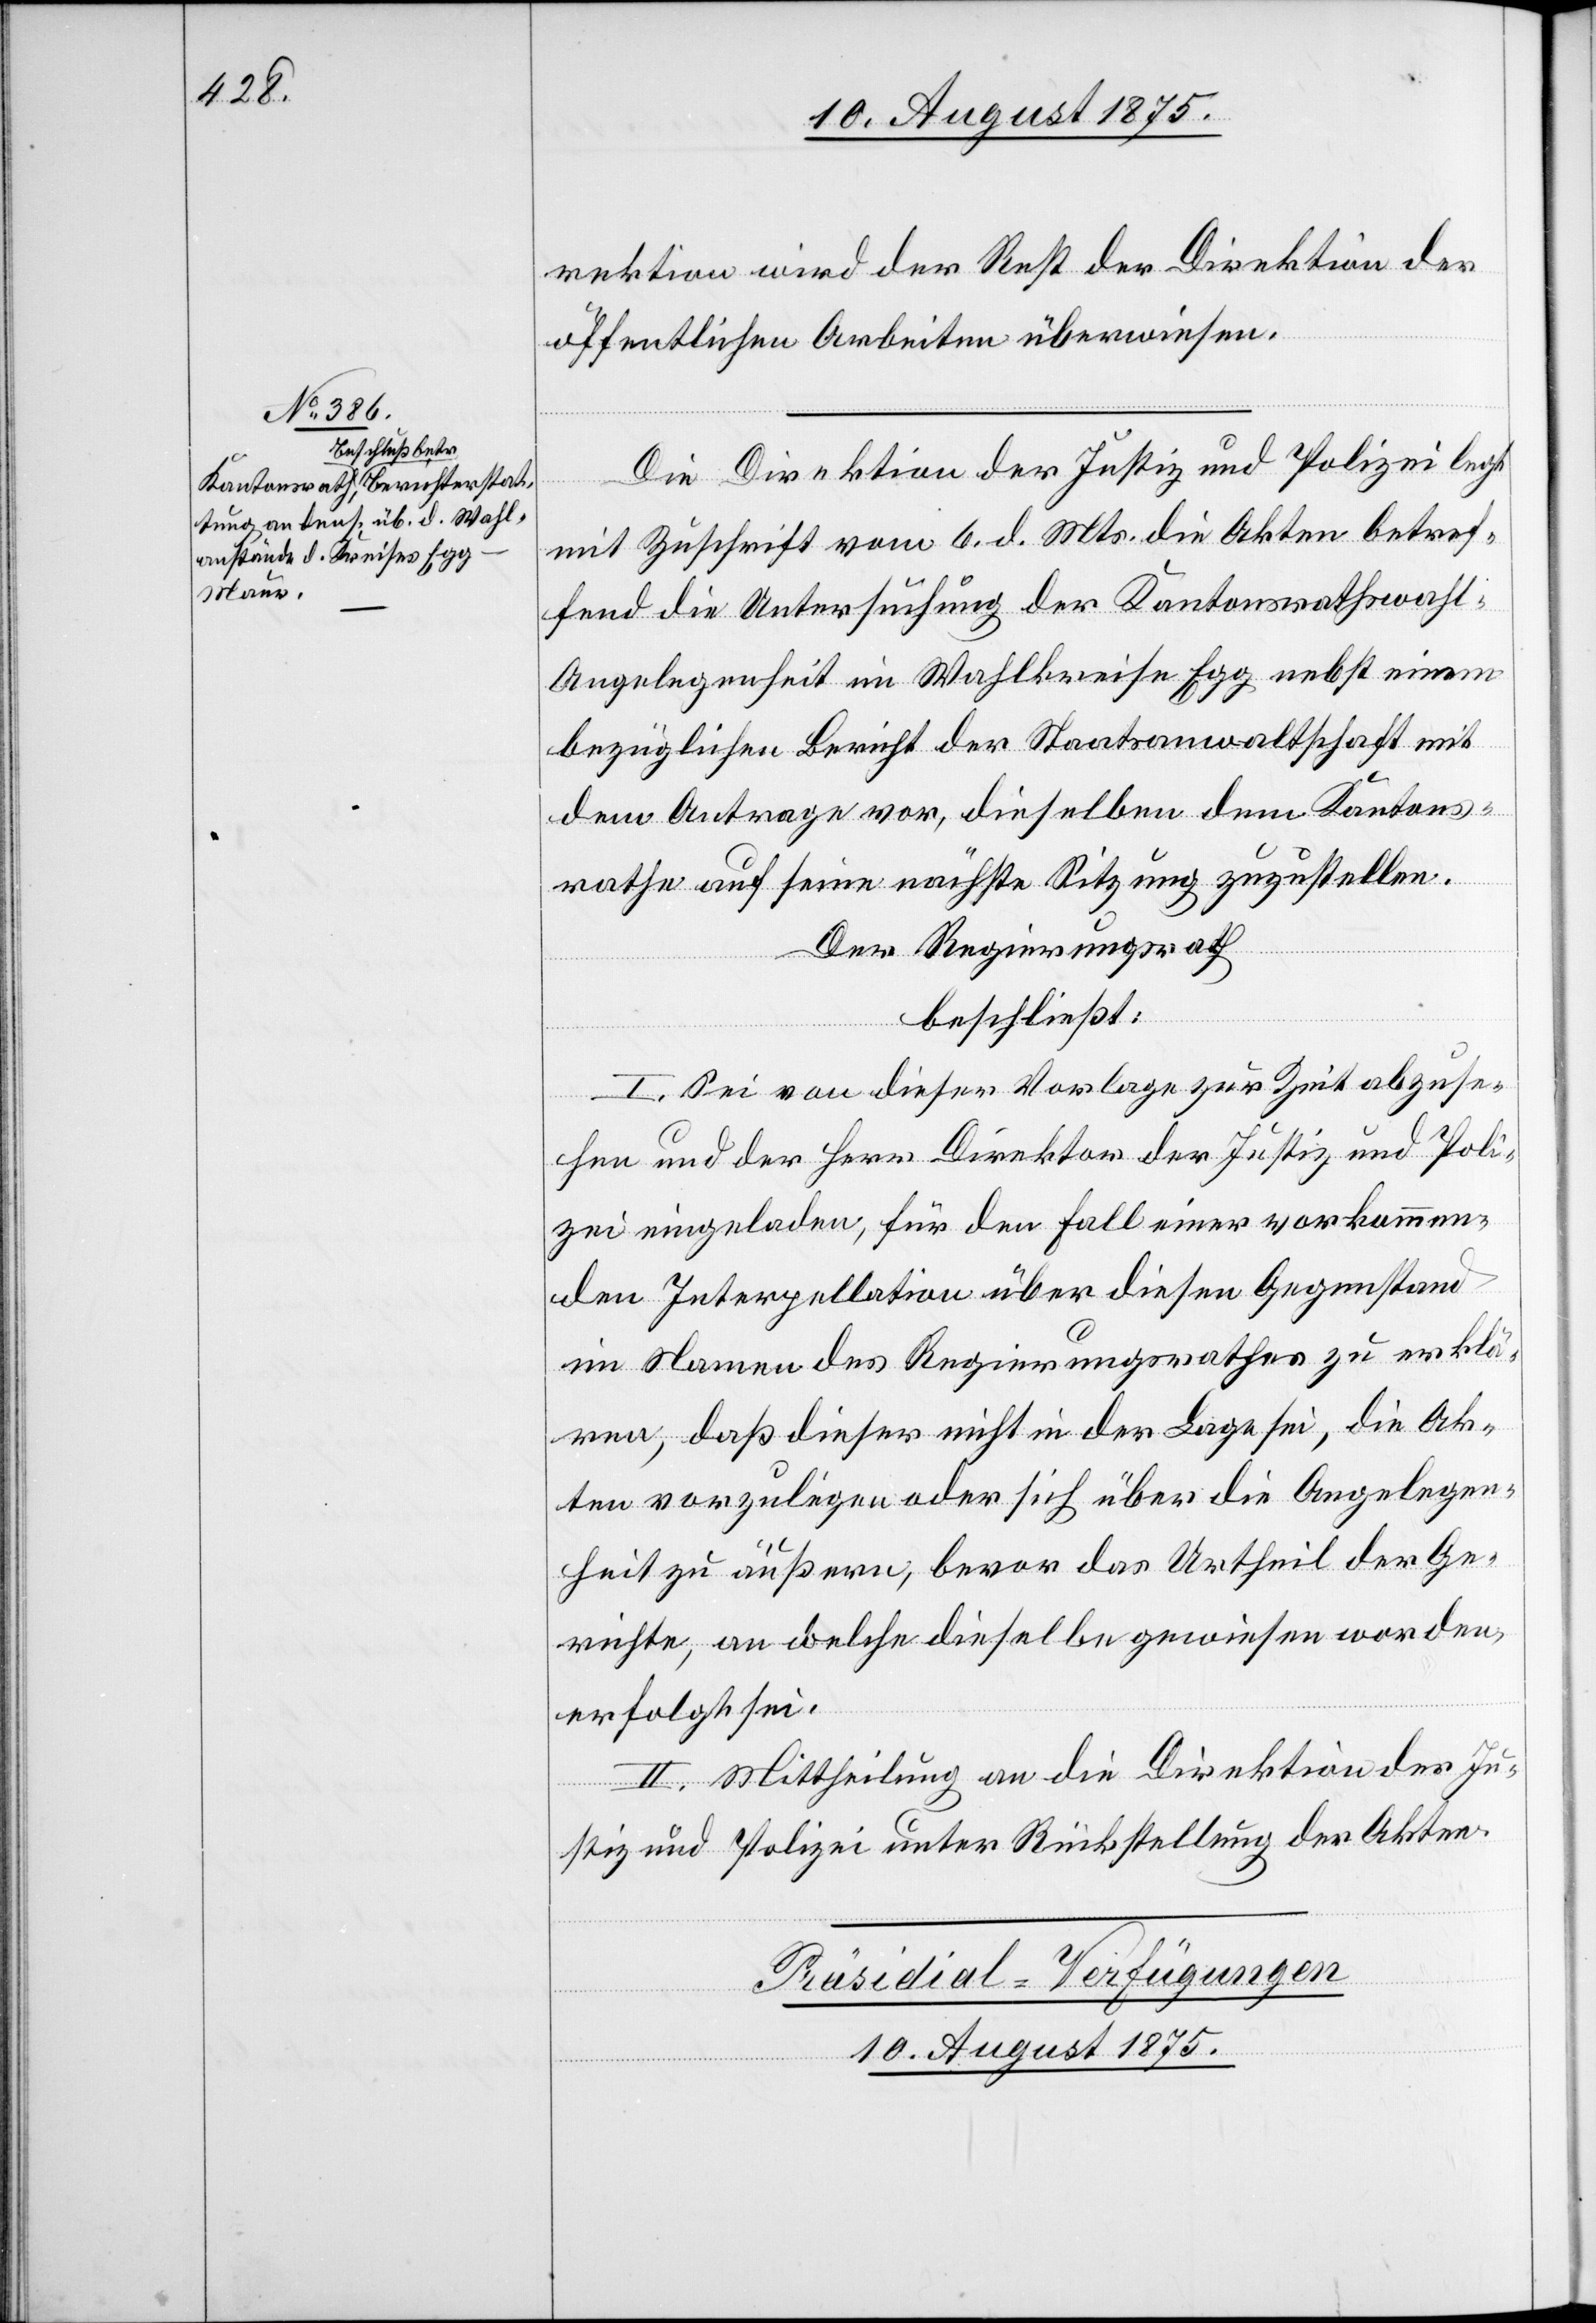
rektion wird der Rest der Direktion der
öffentlichen Arbeiten überwiesen.
Die Direktion der Justiz und Polizei legt
mit Zuschrift vom 6. d. Mts. die Akten betref¬
fend die Untersuchung der Kantonsrathswahl-A¬
ngelegenheit im Wahlkreise Egg nebst einem
bezüglichen Bericht der Staatsanwaltschaft mit
dem Antrage vor, dieselben dem Kantons¬
rathe auf seine nächste Sitzung zuzustellen.
Der Regierungsrath
beschließt:
I. Sei von dieser Vorlage zur Zeit abzuse¬
hen und der Herr Direktor der Justiz und Poli¬
zei eingeladen, für den Fall einer vorkommen¬
den Interpellation über diesen Gegenstand
im Namen des Regierungsrathes zu erklä¬
ren, daß dieser nicht in der Lage sein, die Ak¬
ten vorzulegen oder sich über die Angelegen¬
heit zu äußern, bevor das Urtheil der Ge¬
richte, an welche dieselbe gewiesen worden,
erfolgt sei.
II. Mittheilung an die Direktion der Ju¬
stiz und Polizei unter Rückstellung der Akten.
Präsidial-Verfügungen.
10. August 1875.